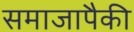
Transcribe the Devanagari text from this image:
समाजापैकी